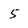
Character: 5